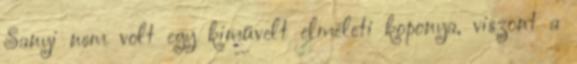
Sanyi nem volt egy kiművelt elmé­leti koponya, viszont a